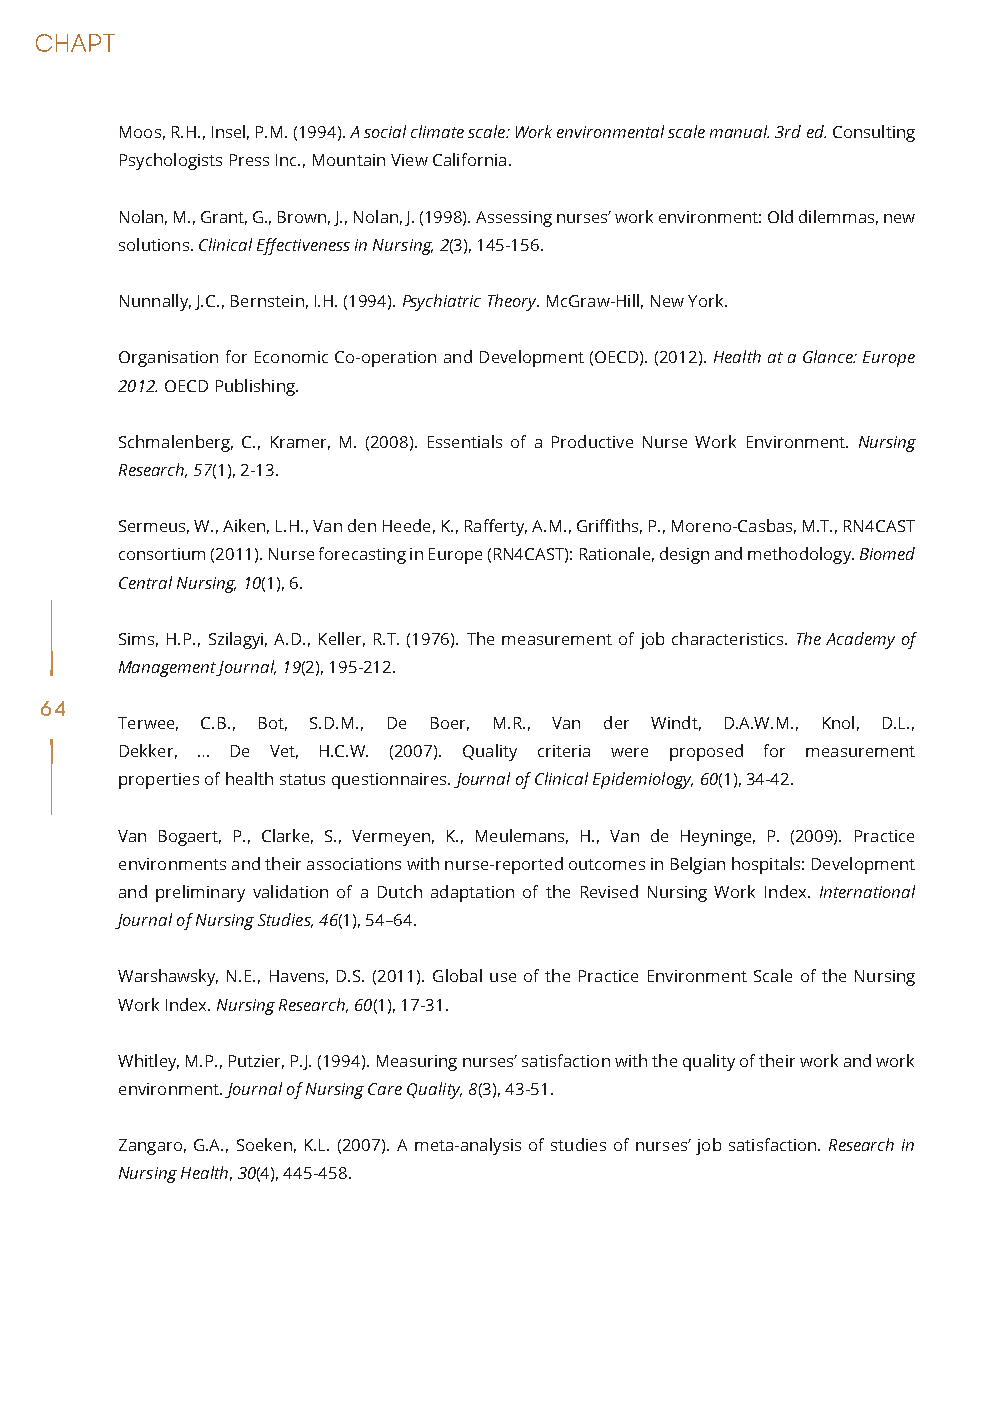
Moos, R.H., Insel, P.M. (1994). A social climate scale: Work environmental scale manual. 3rd ed. Consulting
 Psychologists Press Inc., Mountain View California.
 Nolan, M., Grant, G., Brown, J., Nolan, J. (1998). Assessing nurses’ work environment: Old dilemmas, new
 solutions. Clinical Effectiveness in Nursing, 2(3), 145-156.
 Nunnally, J.C., Bernstein, I.H. (1994). Psychiatric Theory. McGraw-Hill, New York.
 Organisation for Economic Co-operation and Development (OECD). (2012). Health at a Glance: Europe
 2012. OECD Publishing.
 Schmalenberg, C., Kramer, M. (2008). Essentials of a Productive Nurse Work Environment. Nursing
 Research, 57(1), 2-13.
 Sermeus, W., Aiken, L.H., Van den Heede, K., Rafferty, A.M., Griffiths, P., Moreno-Casbas, M.T., RN4CAST
 consortium (2011). Nurse forecasting in Europe (RN4CAST): Rationale, design and methodology. Biomed
 Central Nursing, 10(1), 6.
 Sims, H.P., Szilagyi, A.D., Keller, R.T. (1976). The measurement of job characteristics. The Academy of
 Management Journal, 19(2), 195-212.
 64
 Terwee, C.B., Bot, S.D.M., De Boer, M.R., Van der Windt, D.A.W.M., Knol, D.L.,
 Dekker, … De Vet, H.C.W. (2007). Quality criteria were proposed for measurement
 properties of health status questionnaires. Journal of Clinical Epidemiology, 60(1), 34-42.
 Van Bogaert, P., Clarke, S., Vermeyen, K., Meulemans, H., Van de Heyninge, P. (2009). Practice
 environments and their associations with nurse-reported outcomes in Belgian hospitals: Development
 and preliminary validation of a Dutch adaptation of the Revised Nursing Work Index. International
 Journal of Nursing Studies, 46(1), 54–64.
 Warshawsky, N.E., Havens, D.S. (2011). Global use of the Practice Environment Scale of the Nursing
 Work Index. Nursing Research, 60(1), 17-31.
 Whitley, M.P., Putzier, P.J. (1994). Measuring nurses’ satisfaction with the quality of their work and work
 environment. Journal of Nursing Care Quality, 8(3), 43-51.
 Zangaro, G.A., Soeken, K.L. (2007). A meta-analysis of studies of nurses’ job satisfaction. Research in
 Nursing Health, 30(4), 445-458.